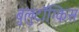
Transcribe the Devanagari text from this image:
बुलुटॉंग्किस